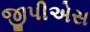
જીપીએસ